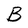
Character: B